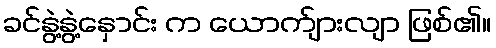
ခင်နွဲ့နွဲ့နှောင်း က ယောက်ျားလျာ ဖြစ်၏။